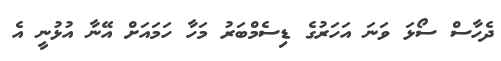
ދެހާސް ސޯޅަ ވަނަ އަހަރުގެ ޑިސެމްބަރު މަހާ ހަމައަށް އޭނާ އުޅުނީ އެ